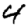
Digit: 4